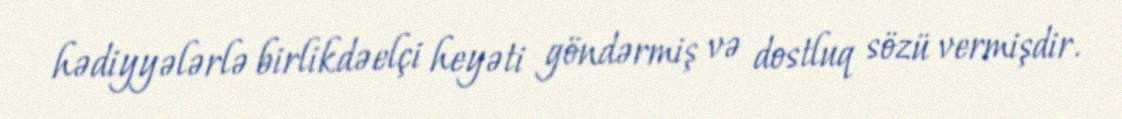
hədiyyələrlə birlikdəelçi heyəti göndərmiş və dostluq sözü vermişdir.